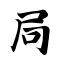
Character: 局